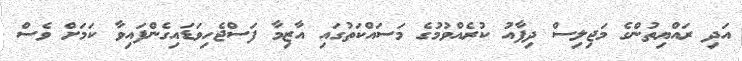
އަދި ރައްޔިތުންގެ މަޖިލިސް ދިފާއު ކުރެއްވުމުގެ މަސައްކަތުގައި އާޒިމާ ފަސްޖެހިވަޑައިގެންފައިވާ ކަމަށް ވެސް